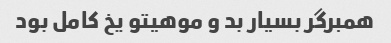
همبرگر بسیار بد و موهیتو یخ کامل بود